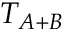
T _ { A + B }